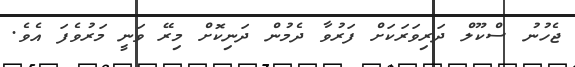
ޖެހުނު ސްކޫލް ދަރިވަރަކަށް ފަރުވާ ދެމުން ދަނިކޮށް މިރޭ ވަނީ މަރުވެފަ އެވެ.